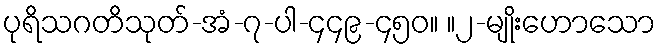
ပုရိသဂတိသုတ်-အံ-၇-ပါ-၄၄၉-၄၅၀။ ။၂-မျိုးဟောသော